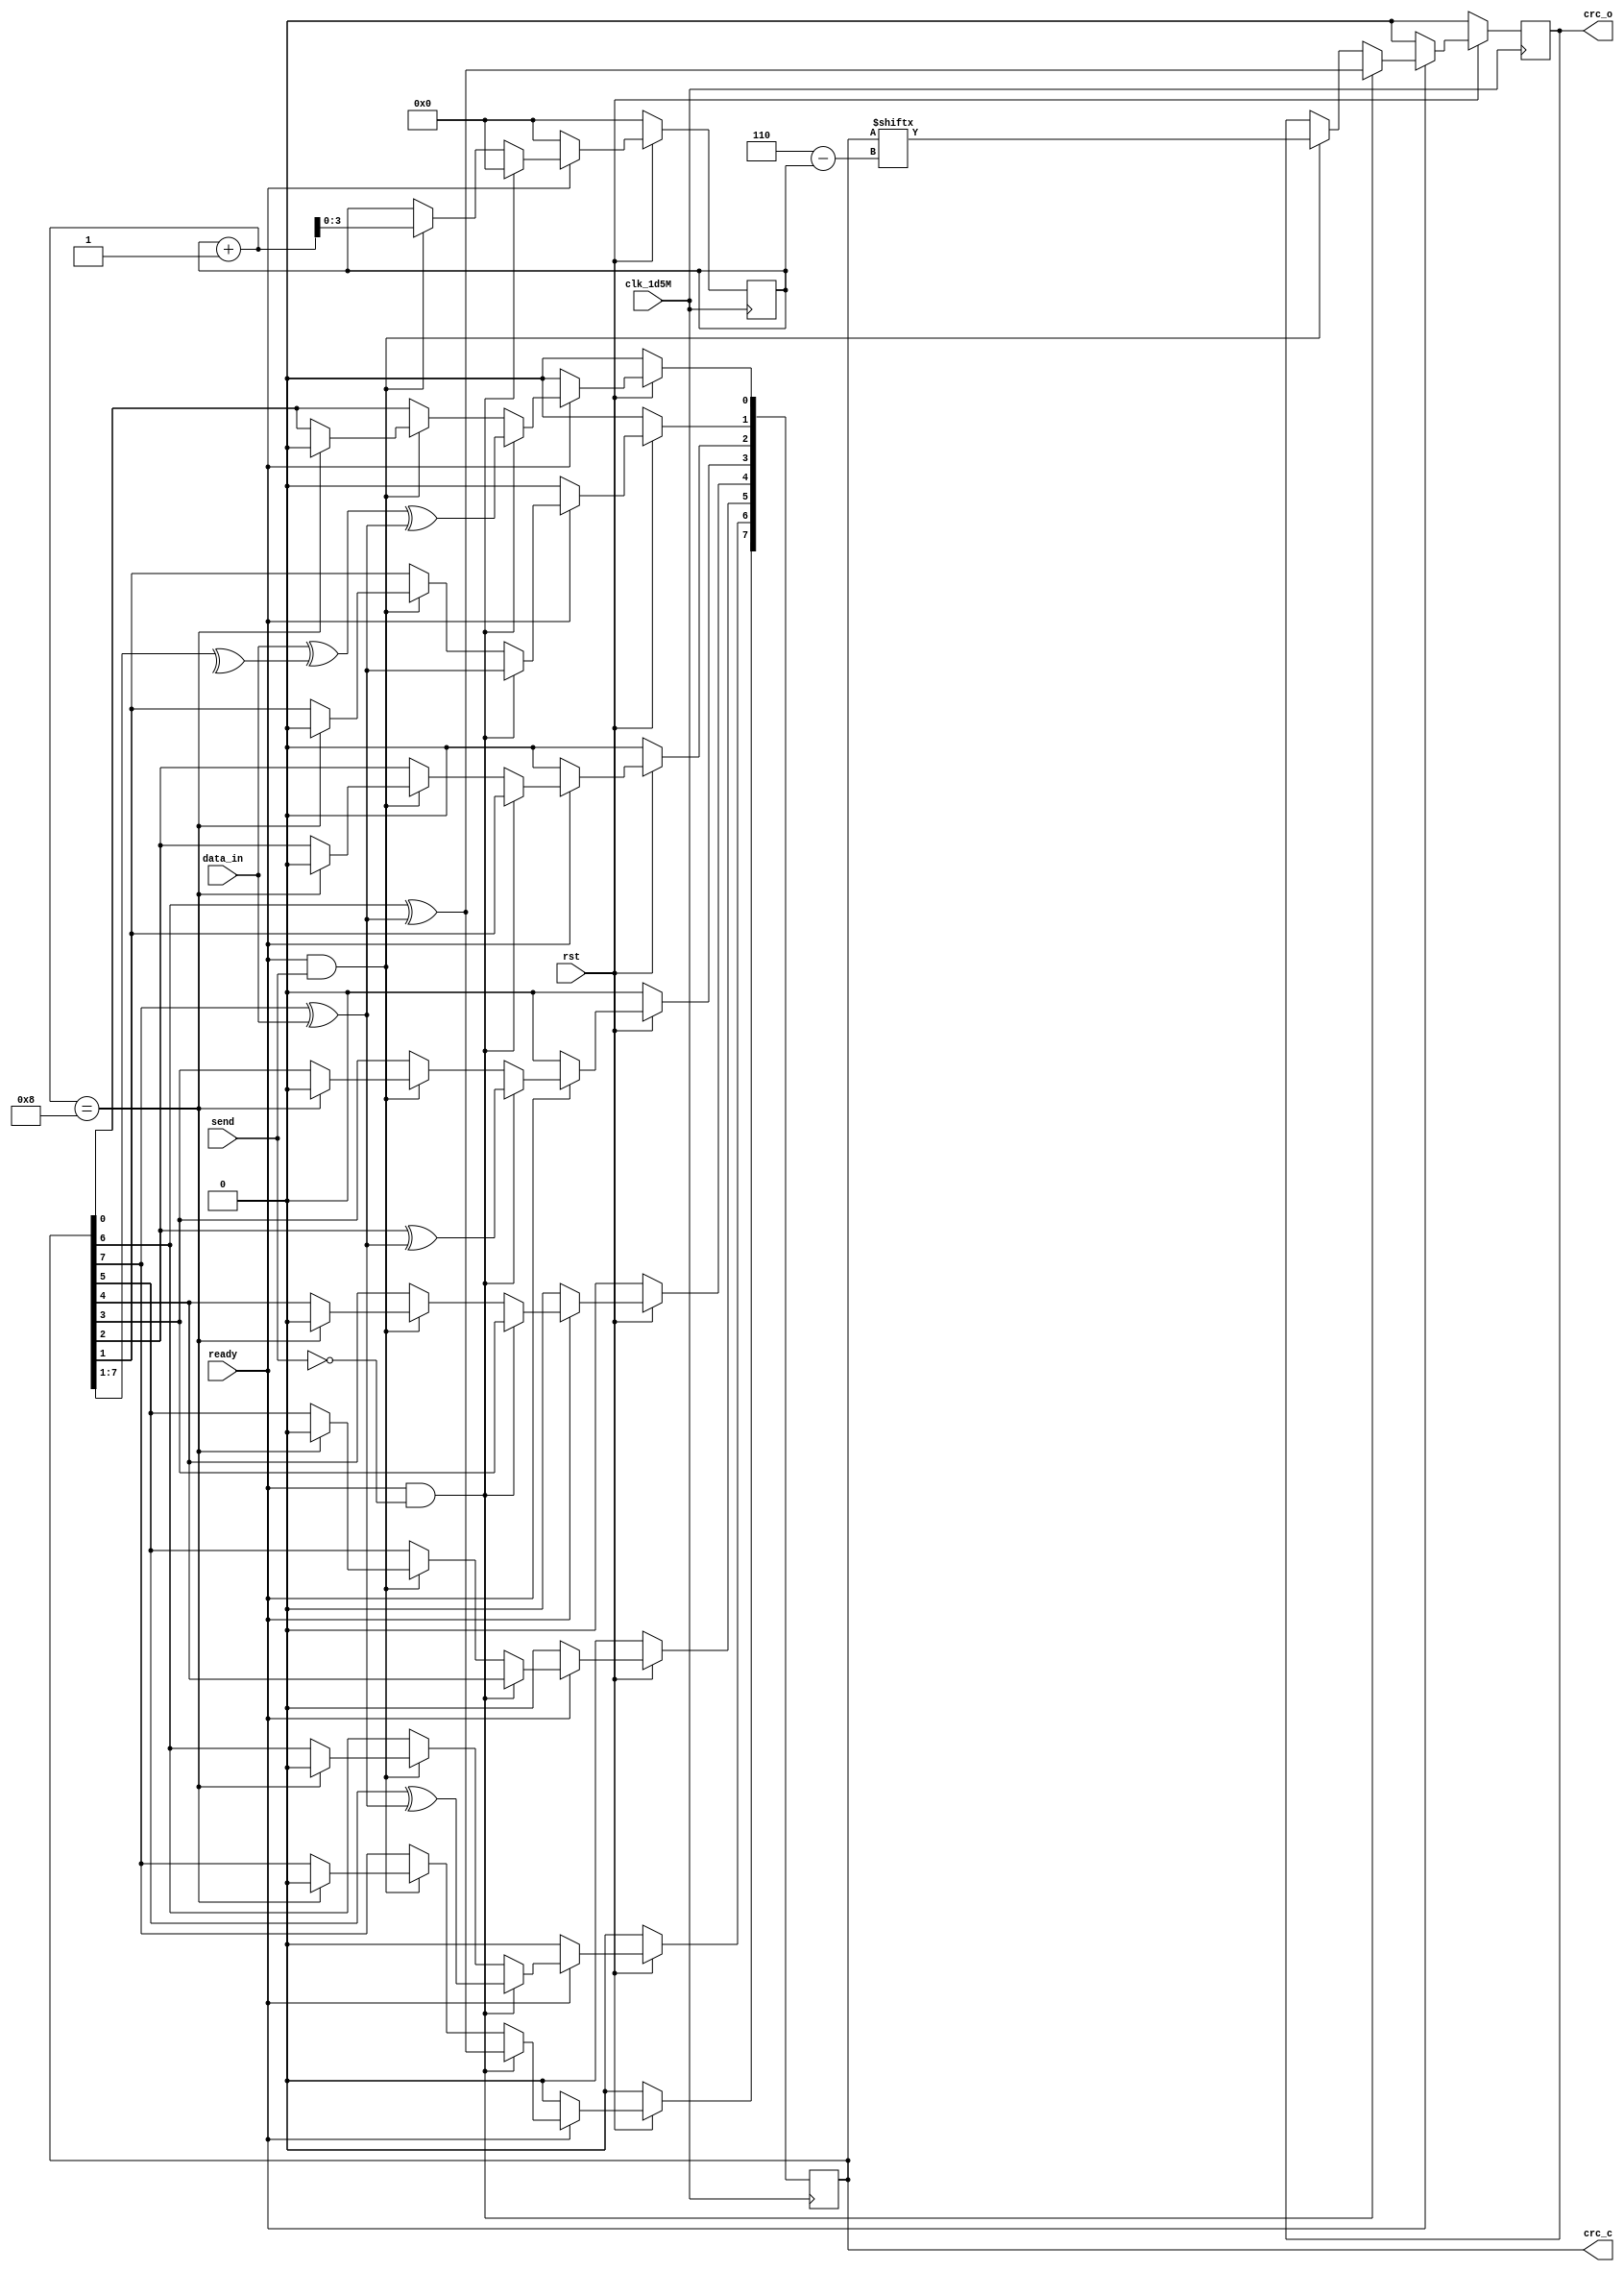
/********************************************







********************************************/

module CRC(
			input clk_1d5M,       	    //3Mhz
			input data_in,			    //
			input rst,					//
			input ready,				//
			input send,					//CRC
			output reg		 crc_o,	    //
			output reg[7:0]  crc_c     //8
);
    reg[3:0]  index;
	always @(posedge clk_1d5M)begin
		if(rst==1'b0)begin
			crc_c<=8'h0;
			index<=4'h0;
			crc_o<=1'b0;
		end else if(ready==1'b0)begin
			crc_c<=8'h0;
			index<=4'h0;
			crc_o<=1'h0;
		end else if(ready==1'b1&&send==1'b0)begin
			crc_c[1]<=crc_c[7]^data_in;
			crc_c[2]<=crc_c[1];
			crc_c[3]<=crc_c[2]^(data_in^crc_c[7]);
			crc_c[4]<=crc_c[3];
			crc_c[5]<=crc_c[4];
			crc_c[6]<=crc_c[5]^(data_in^crc_c[7]);
			crc_c[7]<=crc_c[6]^(data_in^crc_c[7]);
			crc_c[0]<=data_in^(^crc_c[7:1])^((data_in^crc_c[7])^1'b0);
			index<=4'h0;
			crc_o<=crc_c[6]^(data_in^crc_c[7]);
		end else if(ready==1'b1&&send==1'b1)begin
            crc_o<=crc_c[6-index];
            index<=index+1;
            if(index+1==8)begin
                crc_c<=8'h0;
            end
		end 
	end
endmodule